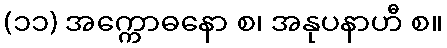
(၁၁) အက္ကောဓနော စ၊ အနုပနာဟီ စ။